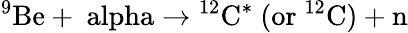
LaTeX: {}^{9}\mathrm{{Be}+\ alpha\rightarrow{}^{12}\mathrm{{C}^{*}~(\mathrm{{or}~{}^{12}\mathrm{{C})+n}}}}